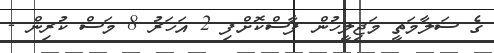
ގެ ސަލާމަތީ މަޖިލީހުން ފާސްކޮށްފި 2 އަހަރު 8 މަސް ކުރިން -